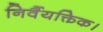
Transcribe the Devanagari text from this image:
निर्वैयक्तिक।